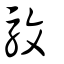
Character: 馼